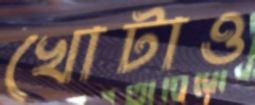
খোটাও